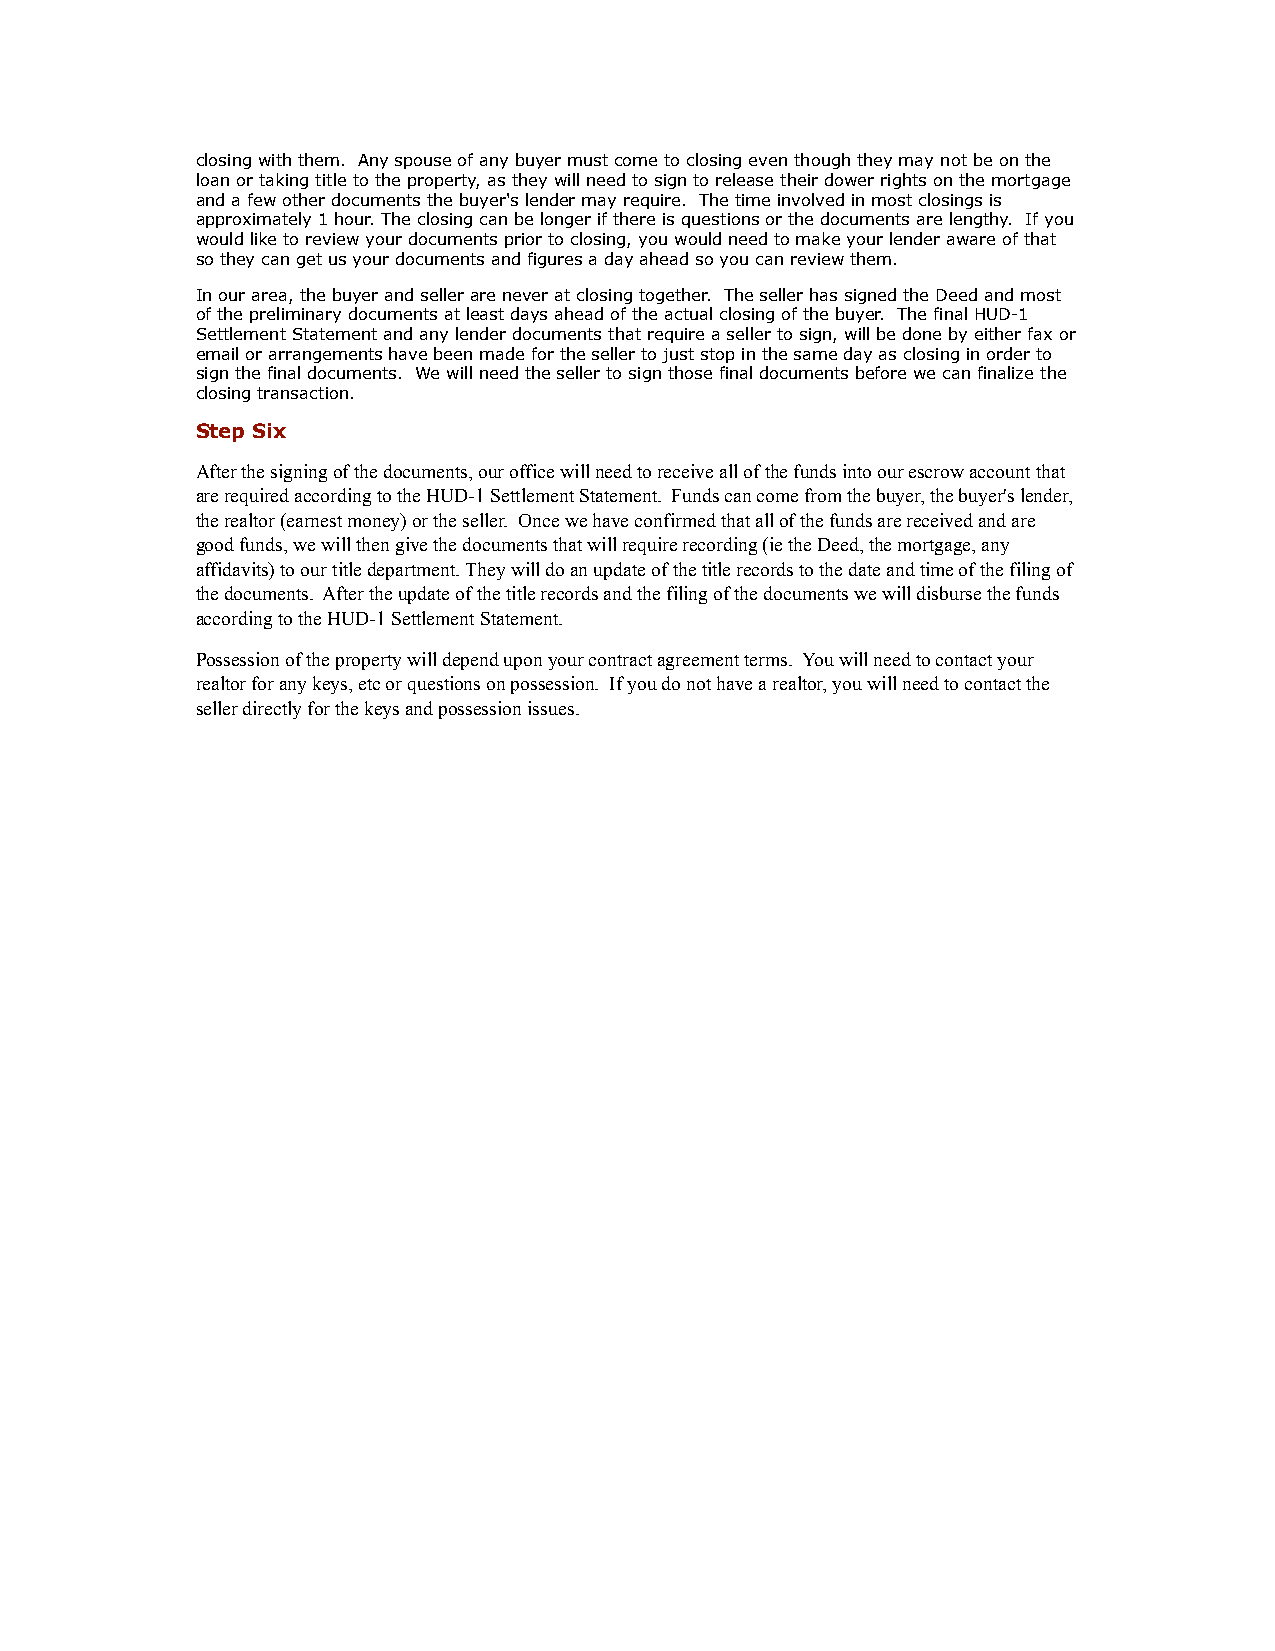
closing with them. Any spouse of any buyer must come to closing even though they may not be on the
 loan or taking title to the property, as they will need to sign to release their dower rights on the mortgage
 and a few other documents the buyer's lender may require. The time involved in most closings is
 approximately 1 hour. The closing can be longer if there is questions or the documents are lengthy. If you
 would like to review your documents prior to closing, you would need to make your lender aware of that
 so they can get us your documents and figures a day ahead so you can review them.
 In our area, the buyer and seller are never at closing together. The seller has signed the Deed and most
 of the preliminary documents at least days ahead of the actual closing of the buyer. The final HUD-1
 Settlement Statement and any lender documents that require a seller to sign, will be done by either fax or
 email or arrangements have been made for the seller to just stop in the same day as closing in order to
 sign the final documents. We will need the seller to sign those final documents before we can finalize the
 closing transaction.
 Step Six
 After the signing of the documents, our office will need to receive all of the funds into our escrow account that
 are required according to the HUD-1 Settlement Statement. Funds can come from the buyer, the buyer's lender,
 the realtor (earnest money) or the seller. Once we have confirmed that all of the funds are received and are
 good funds, we will then give the documents that will require recording (ie the Deed, the mortgage, any
 affidavits) to our title department. They will do an update of the title records to the date and time of the filing of
 the documents. After the update of the title records and the filing of the documents we will disburse the funds
 according to the HUD-1 Settlement Statement.
 Possession of the property will depend upon your contract agreement terms. You will need to contact your
 realtor for any keys, etc or questions on possession. If you do not have a realtor, you will need to contact the
 seller directly for the keys and possession issues.